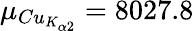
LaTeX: \mu_{Cu_{K_{\alpha 2}}}=8027.8